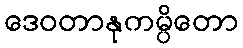
ဒေဝတာနုကမ္ပိတော